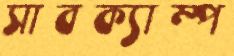
সাবক্যাম্প